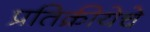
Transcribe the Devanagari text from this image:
प्रतिक्रीयेचे